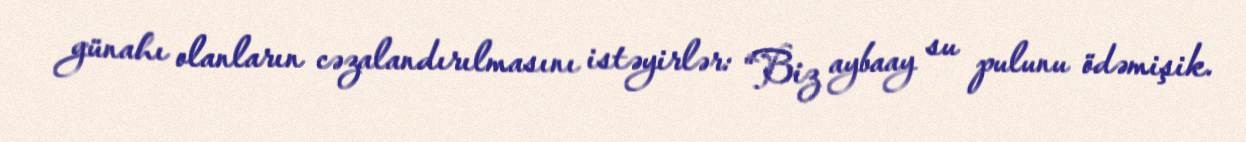
günahı olanların cəzalandırılmasını istəyirlər: “Biz aybaay su pulunu ödəmişik.